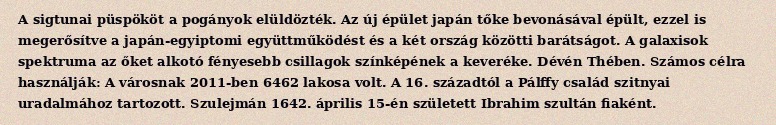
A sigtunai püspököt a pogányok elüldözték. Az új épület japán tőke bevonásával épült, ezzel is megerősítve a japán-egyiptomi együttműködést és a két ország közötti barátságot. A galaxisok spektruma az őket alkotó fényesebb csillagok színképének a keveréke. Dévén Thében. Számos célra használják: A városnak 2011-ben 6462 lakosa volt. A 16. századtól a Pálffy család szitnyai uradalmához tartozott. Szulejmán 1642. április 15-én született Ibrahim szultán fiaként.